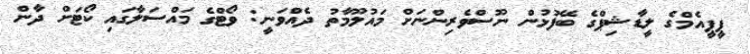
ޕީޕީއެމްގެ ލީޑާޝިޕްގެ ބޭފުޅުން ނޫސްވެރިންނަށް މައުލޫމާތު ދެއްވަނީ: ވޯޓްގެ މައްސަލާގައި ކޯޓަށް ދާން